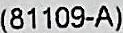
(81109-A)